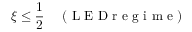
\xi \leq \frac { 1 } { 2 } \quad \mathrm { ~ ( ~ L ~ E ~ D ~ r ~ e ~ g ~ i ~ m ~ e ~ ) ~ }